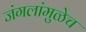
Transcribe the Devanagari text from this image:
जंगलांमुळेच